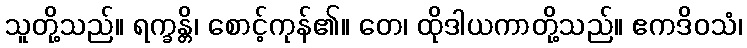
သူတို့သည်။ ရက္ခန္တိ၊ စောင့်ကုန်၏။ တေ၊ ထိုဒါယကာတို့သည်။ ဧကဒိဝသံ၊